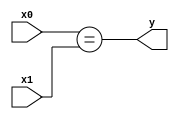
module isequal #(parameter WIDTH=8) (
    input [WIDTH-1:0] x0,x1,
    output wire y
);
    assign y = (x0==x1);
endmodule